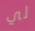
لي